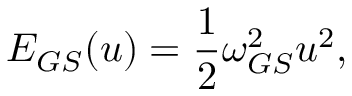
E _ { G S } ( u ) = \frac { 1 } { 2 } \omega _ { G S } ^ { 2 } u ^ { 2 } ,